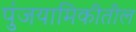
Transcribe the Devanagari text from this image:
पुंजयामिकीतील